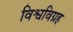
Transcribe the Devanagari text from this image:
विश्वविग्रह